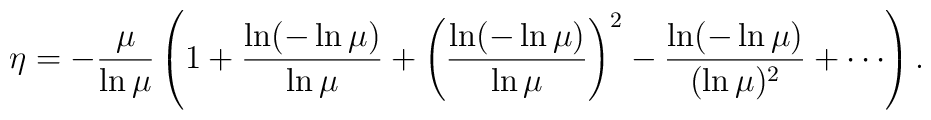
\protect\eta = -{\frac{\mu}{\ln \mu}}\left( 1 + {\frac{\ln (-\ln \mu)}{\ln \mu}}+ \left({\frac{\ln (-\ln \mu)}{\ln \mu}}\right)^2- {\frac{\ln (-\ln \mu)}{(\ln \mu)^2}}+ \cdots \right) .